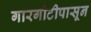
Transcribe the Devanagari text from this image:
गारगोटीपासून